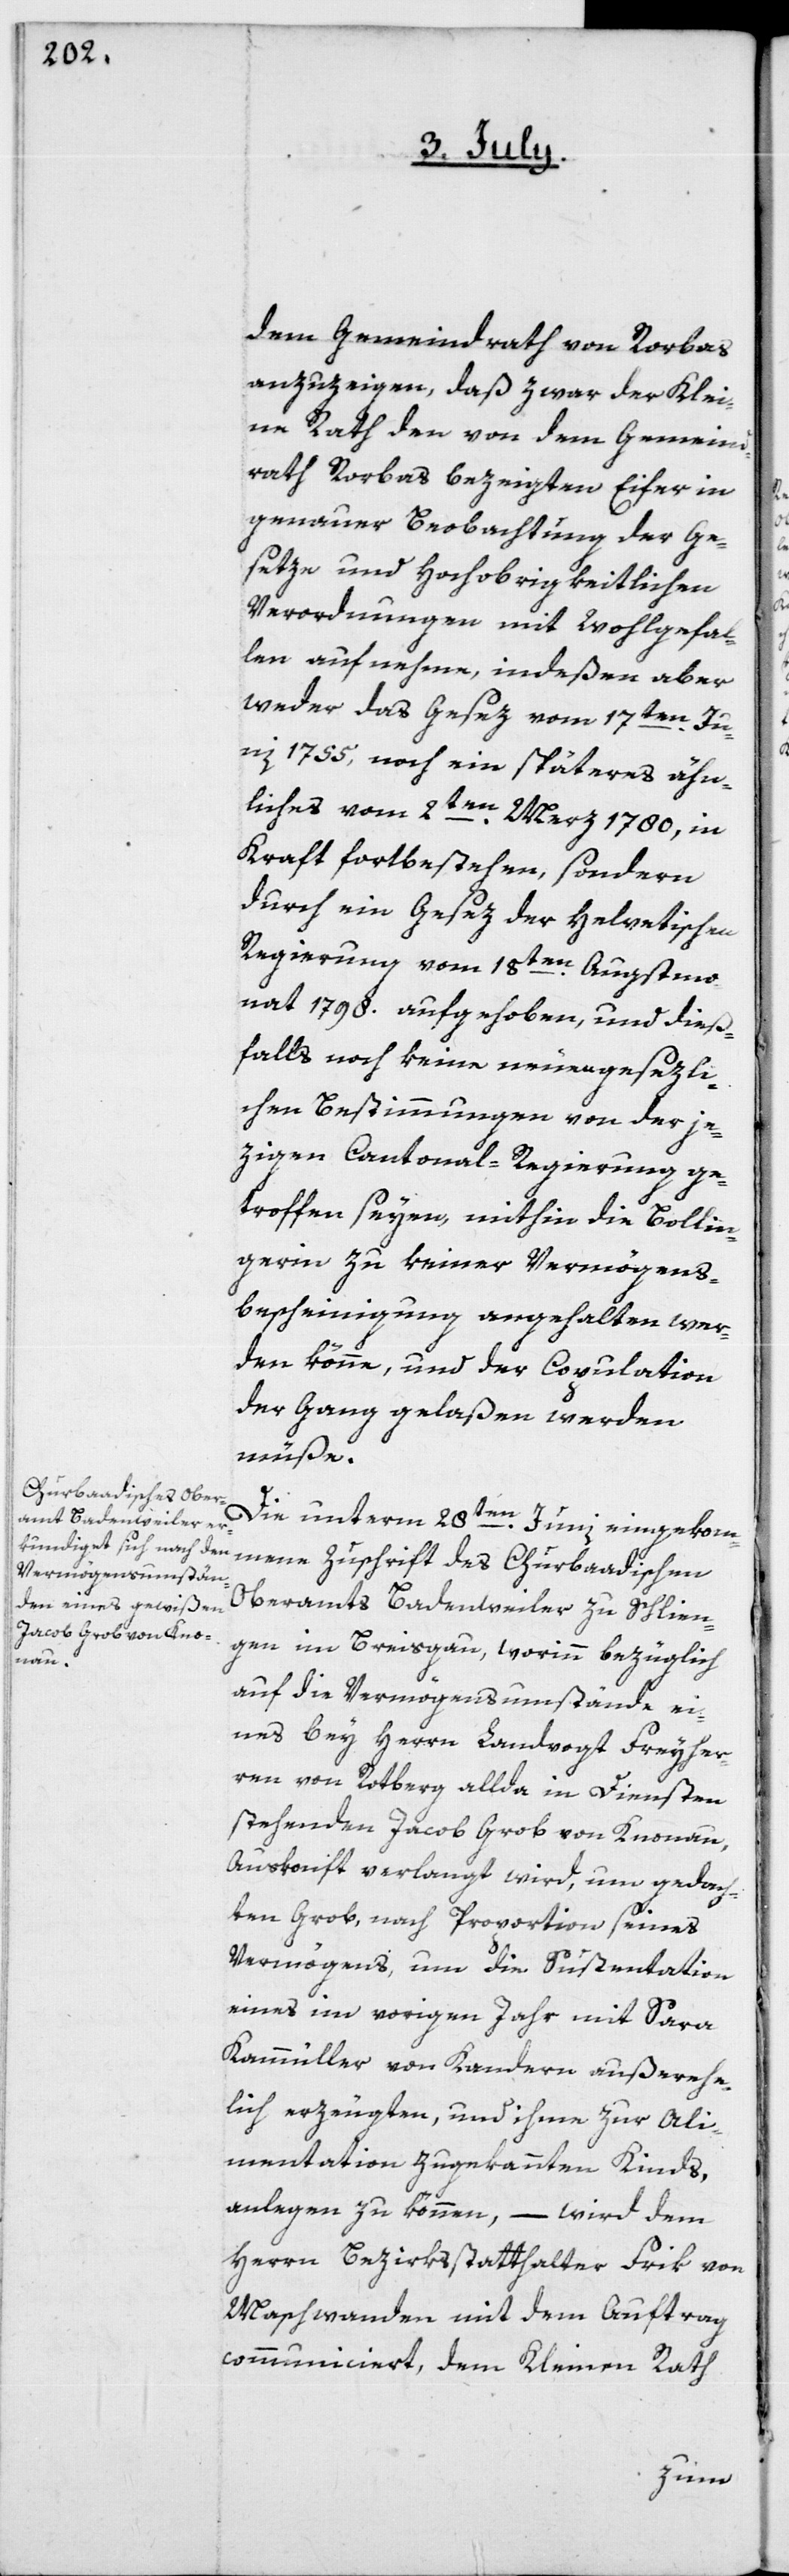
dem Gemeindrath von Rorbas
anzuzeigen, daß zwar der Klei¬
ne Rath den von dem Gemeind¬
rath Rorbas bezeigten Eifer in
genauer Beobachtung der Ge¬
setze und Hochobrigkeitlichen
Verordnungen mit Wohlgefal¬
len aufnehme, indeßen aber
weder das Gesez vom 17ten Ju¬
nii 1755, noch ein späteres ähn¬
liches vom 2ten Merz 1780, in
Kraft fortbestehen, sondern
durch ein Gesez der Helvetischen
Regierung vom 18ten Augstmo¬
nat 1798. aufgehoben, und dieß¬
falls noch keine neuen gesezli¬
chen Bestimmungen von der je¬
zigen Cantonal-Regierung ge¬
troffen seyen, mithin die Bollin¬
gerin zu keiner Vermögens¬
bescheinigung angehalten wer¬
den könne, und der Copulation
der Gang gelaßen werden
müße.
Die unterm 28ten Junii eingekom¬
mene Zuschrift des Churbadischen
Oberamts Badenweiler zu Schlien¬
gen im Breisgau, worinn bezüglich
auf die Vermögensumstände ei¬
nes bey Herrn Landvogt Freyher¬
ren von Rotberg allda in Diensten
stehenden Jacob Grob von Knonau,
Auskonft verlangt wird, um gedach¬
ten Grob, nach Proportion seines
Vermögens, um die Sustentation
eines im vorigen Jahr mit Sara
Kammüller von Kandern außerehe¬
lich erzeugten, und ihme zur Ali¬
mentation zugekannten Kinds,
anlegen zu können, – wird dem
Herrn Bezirksstatthalter Frik von
Maschwanden mit dem Auftrag
communiciert, dem Kleinen Rath